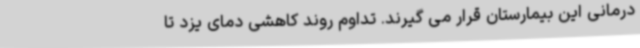
درمانی این بیمارستان قرار می گیرند. تداوم روند کاهشی دمای یزد تا